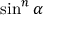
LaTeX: \sin ^ { n } \alpha